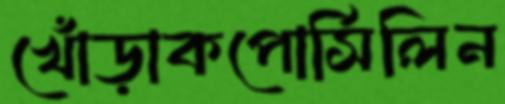
খোঁড়াকপোর্সিলিন